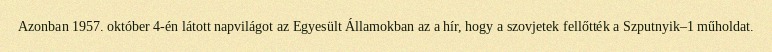
Azonban 1957. október 4-én látott napvilágot az Egyesült Államokban az a hír, hogy a szovjetek fellőtték a Szputnyik–1 műholdat.